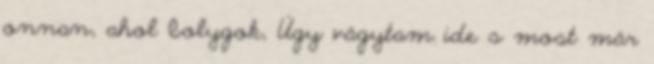
onnan, ahol bolygok, Úgy vágytam ide s most már